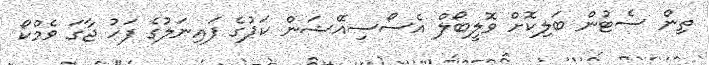
ތިން ސެޓުން ބަލިކޮށް ވޮލީބޯލް އެސޯސިއޭޝަން ކަޕުގެ ފައިނަލުގެ ފަހު ޖާގަ ވެމްކޯ